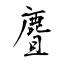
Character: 麆